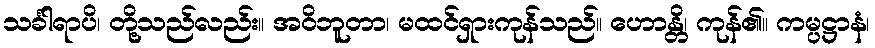
သင်္ခါရာပိ၊ တို့သည်လည်း။ အဝိဘူတာ၊ မထင်ရှားကုန်သည်။ ဟောန္တိ၊ ကုန်၏။ ကမ္ပဋ္ဌာနံ၊